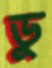
ডু